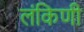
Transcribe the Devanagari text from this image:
लंकिणी